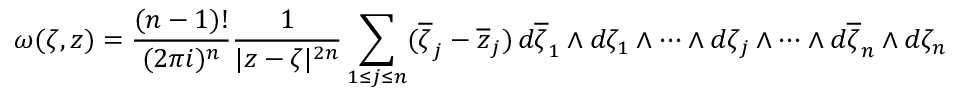
\omega ( \zeta , z ) = { \frac { ( n - 1 ) ! } { ( 2 \pi i ) ^ { n } } } { \frac { 1 } { | z - \zeta | ^ { 2 n } } } \sum _ { 1 \leq j \leq n } ( { \overline { { \zeta } } } _ { j } - { \overline { { z } } } _ { j } ) \, d { \overline { { \zeta } } } _ { 1 } \land d \zeta _ { 1 } \land \cdots \land d \zeta _ { j } \land \cdots \land d { \overline { { \zeta } } } _ { n } \land d \zeta _ { n }